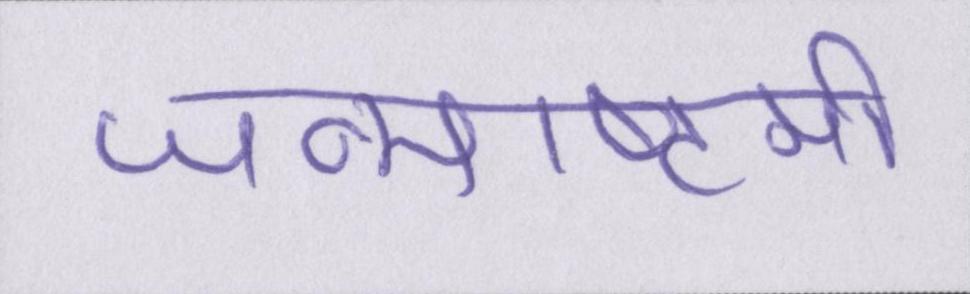
जन्माष्टमी